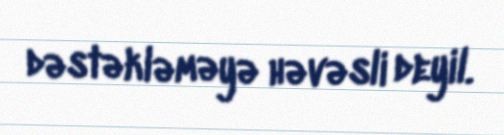
dəstəkləməyə həvəsli deyil.